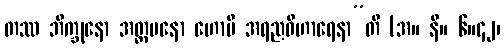
တဿ ဘိက္ခုနော အတ္တမနော ဟောမိ အရညဝိဟာရေနာ”တိ (အ။ နိ။ ၆။၄၂၊